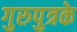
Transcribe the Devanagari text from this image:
गुरुपुत्रके